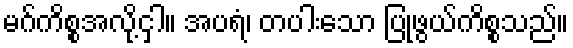
မဂ်ကိစ္စအလို့ငှါ။ အပရံ၊ တပါးသော ပြုဖွယ်ကိစ္စသည်။